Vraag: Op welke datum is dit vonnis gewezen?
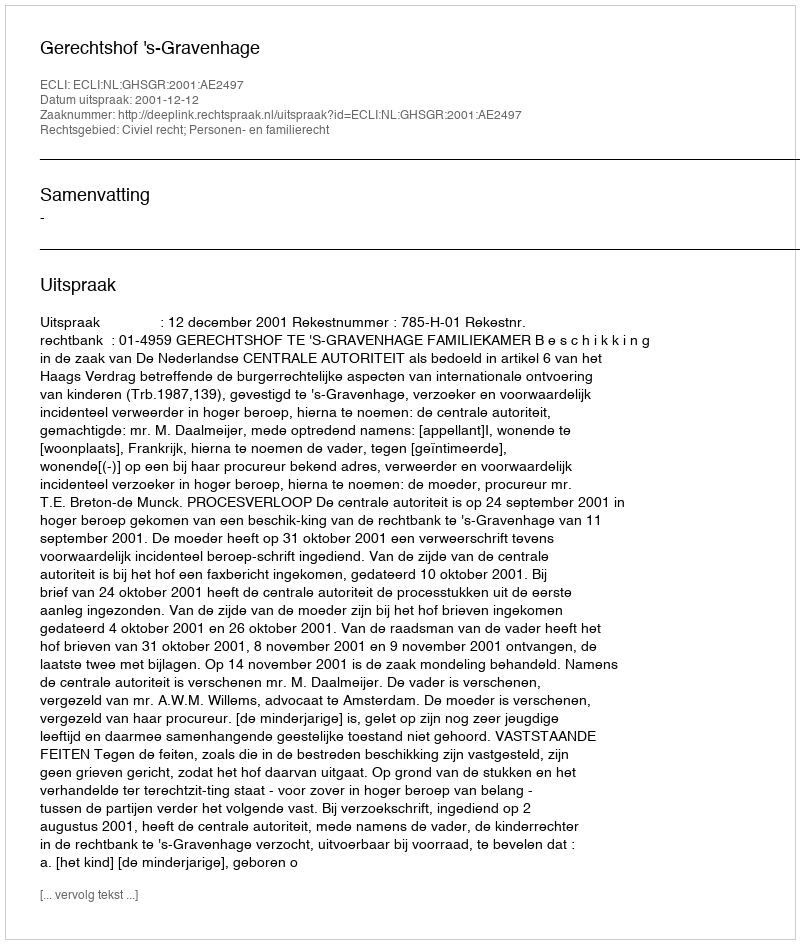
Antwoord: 2001-12-12